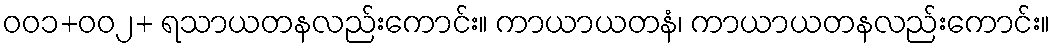
ဝဝ၁+ဝဝ၂+ ရသာယတနလည်းကောင်း။ ကာယာယတနံ၊ ကာယာယတနလည်းကောင်း။